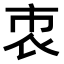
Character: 𧙙